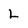
Character: L